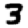
Digit: 3